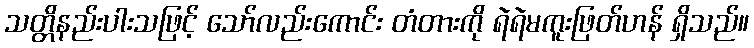
သတ္တိနည်းပါးသဖြင့် သော်လည်းကောင်း တံတားကို ရဲရဲမကူးဖြတ်ဟန် ရှိသည်။